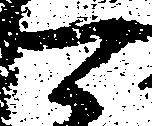
可